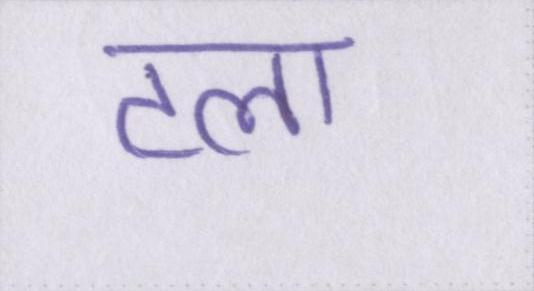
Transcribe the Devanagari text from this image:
टला